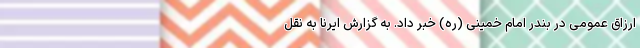
ارزاق عمومی در بندر امام خمینی (ره) خبر داد. به گزارش ایرنا به نقل